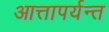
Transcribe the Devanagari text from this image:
आत्तापर्यन्त